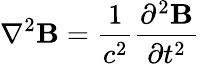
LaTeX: \nabla^{2}\mathbf{B}={\frac{1}{c^{2}}}{\frac{\partial^{2}\mathbf{B}}{\partial t^{2}}}